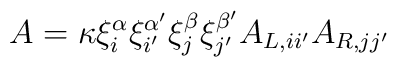
A=\kappa      \xi^{\alpha}_{i}      \xi^{\alpha'}_{i'}      \xi^{\beta}_{j}      \xi^{\beta'}_{j'}      A_{L,ii'}      A_{R,jj'}